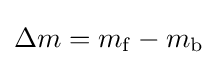
\Delta {m}=m_{\mathrm {f} }-m_{\mathrm {b} }